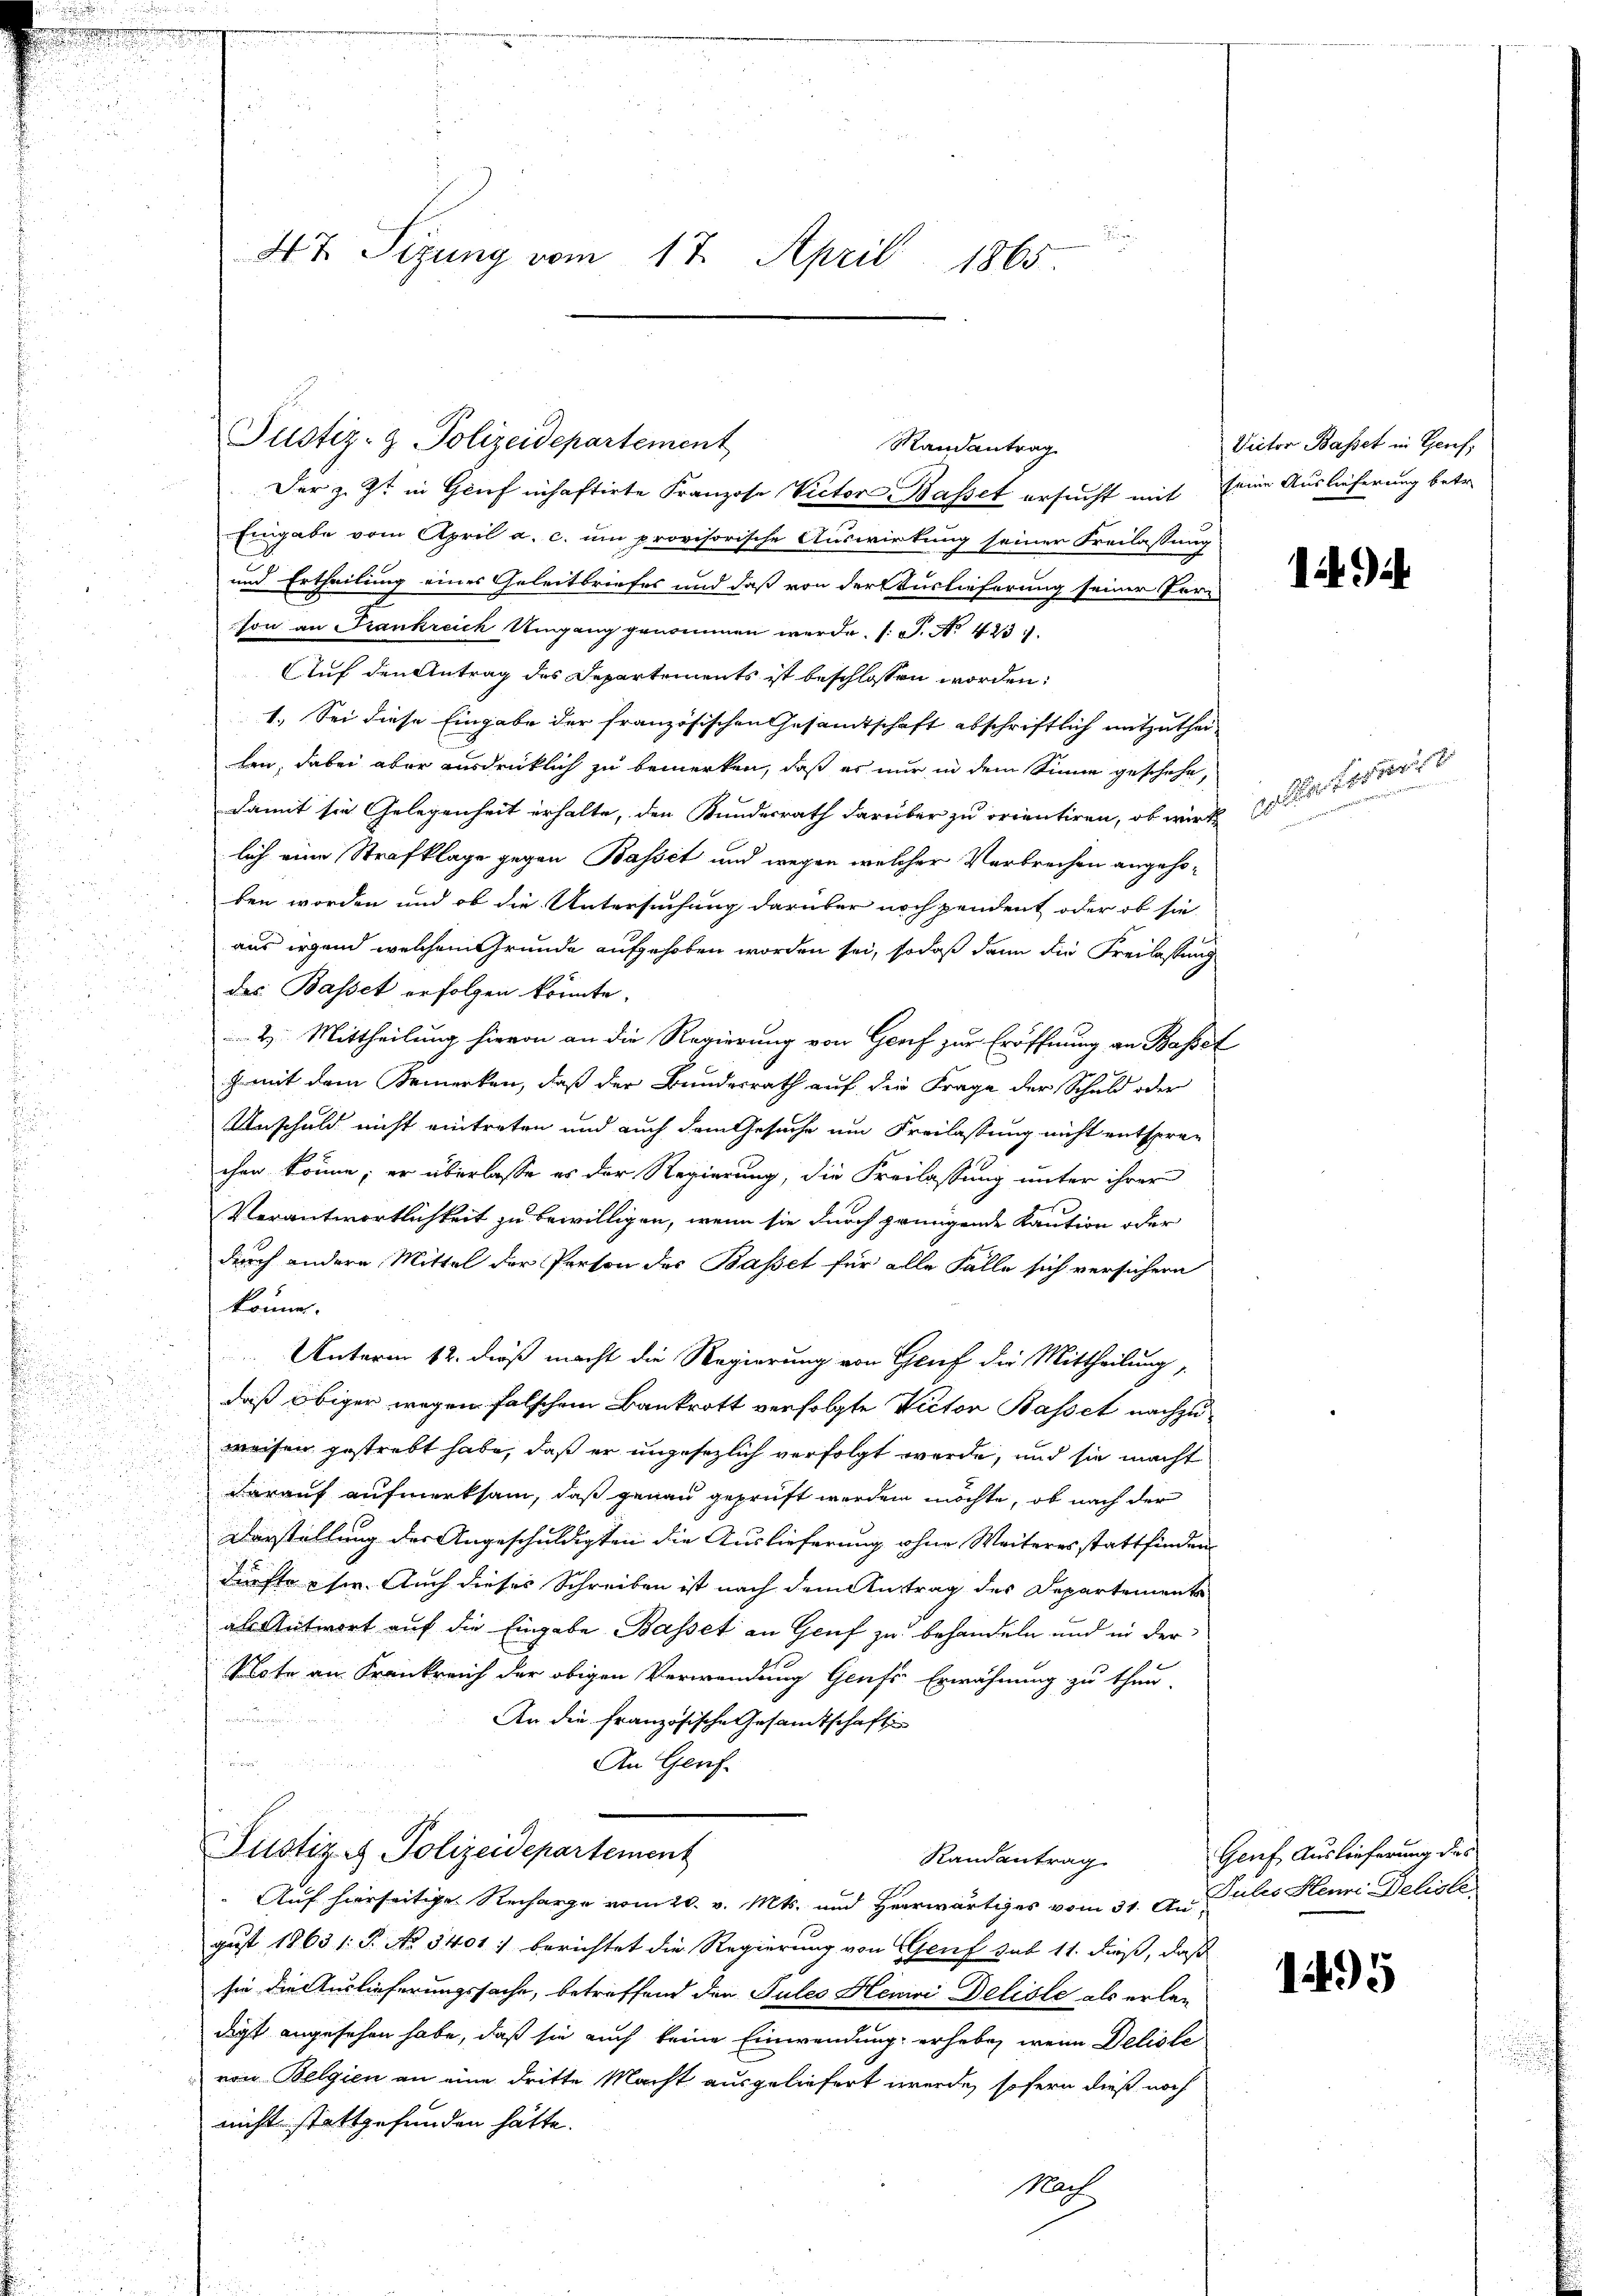
e

47 Sizung vom 17. April 1865.

Der z. Zt. in Genf inhaftirte Franzose Victor Basset ersucht mit seine Auslieferung betr.
Eingabe vom April a. c. um provisorische Auswirkung seiner Freilassung
und Ertheilung eines Geleitbriefes und daß von der Auslieferung seiner Person an Frankreich Umgang genommen werde. (T. No 423.
Auf den Antrag des Departements ist beschlossen worden:
1. Sei diese Eingabe der französischen Gesammtschaft abschriftlich mitzutheilen, dabei aber ausdrücklich zu bemerken, daß es nur in dem Sinne geschehe,
damit sie Gelegenheit erhalte, den Kundesrath darüber zu orientiren, ob wirk
lich eine Strafklage gegen Basset und wegen welcher Verbrechen angehoben worden und ob die Untersuchung darüber noch pendent oder ob sie
aus irgend welchem Grunde aufgehoben worden sei, sodaß dann die Freilassung
des Basset erfolgen könnte.
2. Mittheilung hievon an die Regierung von Genf zur Eröffnung an Basset
h mit dem Bemerken, daß der Bundesrath auf die Frage der Schuld oder
Unschuld nicht eintreten und auch dem Gesuche um Freilassung nicht entsprechen könne; er überlasse es der Regierung, die Freilassung unter ihrer
Verantwortlichkeit zu bewilligen, wenn sie durch pringende Kaution oder
durch andere Mittel der Person des Basset für alle Fälle sich versichern
können.
 Unterm 12. dieß macht die Regierung von Gruf die Mittheilung,
daß obiger wegen falschem Bankrott verfolgte Victor Basset nachzuweisen gestrebt habe, daß er ungesezlich verfolgt werde, und sie macht
darauf aufmerksam, daß genau geprüft werden möchte, ob nach der
Darstellung des Angeschuldigten die Auslieferung ohne Weiteres stattfinden
dürfte sie. Auch dieses Schreiben ist nach dem Antrag des Departements
als Antwort auf die Eingabe Basset an Genf zu behandeln und in der
Mote an Frankreich der obigen Verwendung Genf Erwähnung zu thun,

An die französische Gesamtschaft

An Genf
Justiz- & Polizeidepartement
Randantrag
Auf hierseitige Recharge vom 20. v. Mts. und Herrwärtiges vom 31. An Julis Henni Deliste
gust 1863 1 S. No 3401) berichtet die Regierung von Genf sub 11. dieß, daß
sie die Auslieferungssache, betreffend den Tules Henri Deliste als erlan
digt angesehen habe, daß sie auch keine Einwendung erhebe, wenn Deliste
von Belgien an eine dritte Macht ausgeliefert werde, sofern dieß noch
nicht stattgefunden hätte.
Nach

Pustiz- & Polizeidepartement
Randantrag

Victor Basset in Genf,

19

Geuf Auslieferung des

1495

ellationirt